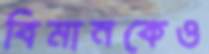
বিমানকেও